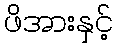
ဖိအားနှင့်